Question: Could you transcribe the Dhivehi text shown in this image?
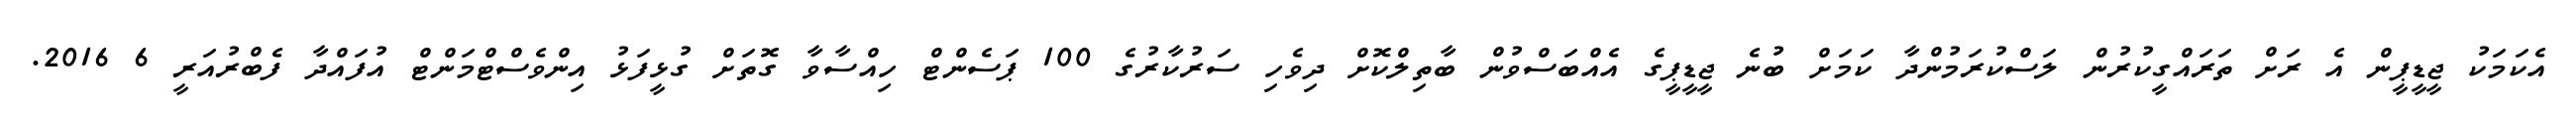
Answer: އެކަމަކު ޖީޑީޕީން އެ ރަށް ތަރައްގީކުރުން ލަސްކުރަމުންދާ ކަމަށް ބުނެ ޖީޑީޕީގެ އެއްބަސްވުން ބާތިލްކޮށް ދިވެހި ސަރުކާރުގެ 100 ޕަސެންޓް ހިއްސާވާ ގޮތަށް ގުޅީފަޅު އިންވެސްޓްމަންޓް އުފައްދާ ފެބްރުއަރީ 6 2016.